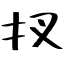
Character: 扠